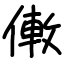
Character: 僌